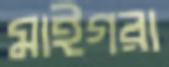
মাইগরা